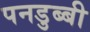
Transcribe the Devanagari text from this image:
पनडुब्‍बी